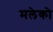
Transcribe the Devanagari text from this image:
मलेको